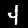
Digit: 4